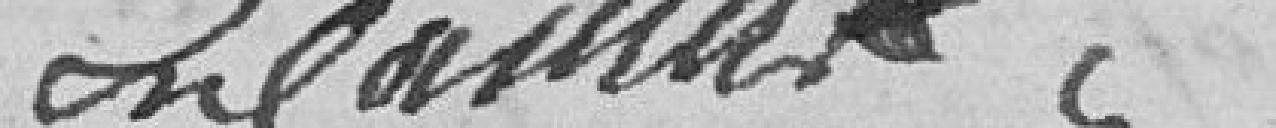
E Camus